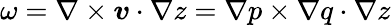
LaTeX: \omega=\nabla\times\boldsymbol{v}\cdot\nabla z=\nabla p\times\nabla q\cdot\nabla z